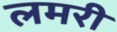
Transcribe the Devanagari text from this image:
लमरी